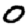
Digit: 0